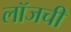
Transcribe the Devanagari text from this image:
लॉजची